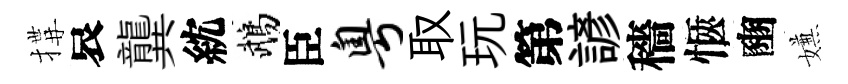
搆哀龔紞鵡臣粤取玩第諺穡愜豳嫌